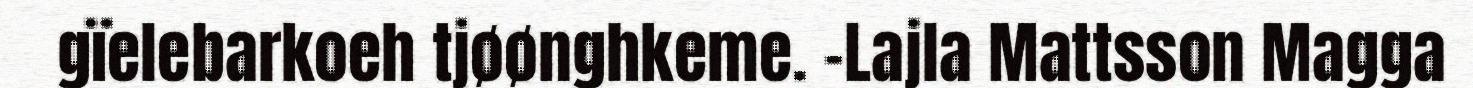
gïelebarkoeh tjøønghkeme. –Lajla Mattsson Magga